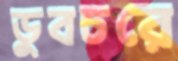
ডুবচরে